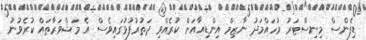
ޑިފެންސް މިނިސްޓަރު މުހައްމަދު ނާޒިމް އިންޑިއާއަށް ކުރެއްވި ދަތުރުފުޅުގައިވެސް އެ މަޝްވަރާތައް ކުރެވުނު